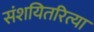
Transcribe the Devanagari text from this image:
संशयितरित्या